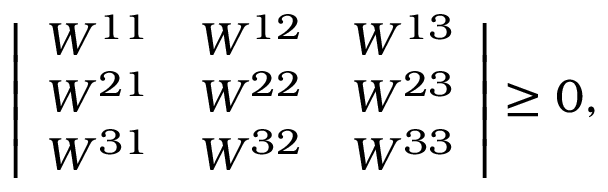
\left| \begin{array} { c c c } { { W ^ { 1 1 } } } & { { W ^ { 1 2 } } } & { { W ^ { 1 3 } } } \\ { { W ^ { 2 1 } } } & { { W ^ { 2 2 } } } & { { W ^ { 2 3 } } } \\ { { W ^ { 3 1 } } } & { { W ^ { 3 2 } } } & { { W ^ { 3 3 } } } \end{array} \right| \geq 0 ,